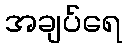
အချပ်ရေ